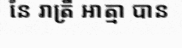
នៃ រាត្រី អាត្មា បាន